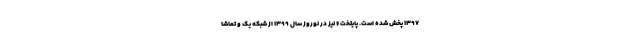
۱۳۹۷ پخش شده است. پایتخت ۶ نیز در نوروز سال ۱۳۹۹ از شبکه یک و تماشا